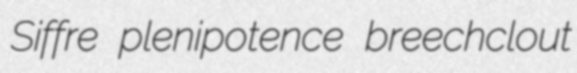
Siffre plenipotence breechclout